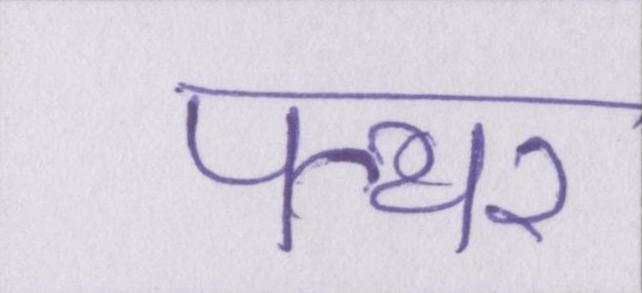
पत्थर